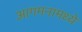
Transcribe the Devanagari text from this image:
आगमनामध्ये